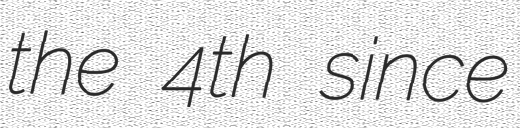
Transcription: the 4th since